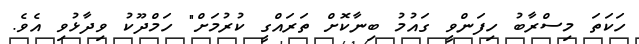
ހަކަތަ މިސްރާބު ހިފަންވީ ގައުމު ބިނާކޮށް ތަރައްގީ ކުރުމަށް" ހަމްދޫކު ވިދާޅުވި އެވެ.